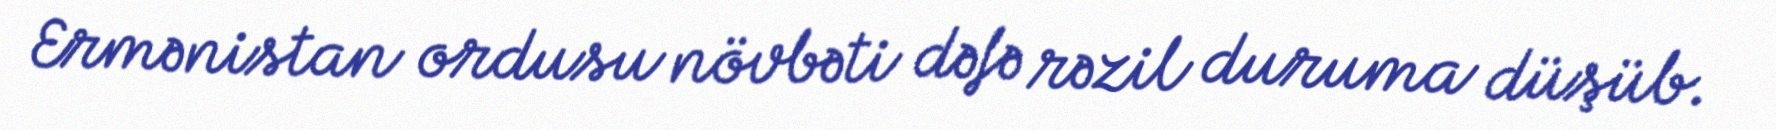
Ermənistan ordusu növbəti dəfə rəzil duruma düşüb.